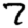
Digit: 7